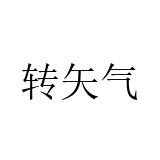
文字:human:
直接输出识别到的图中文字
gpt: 转矢气